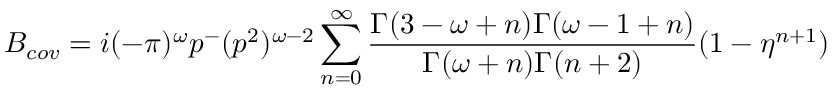
B _ { c o v } = i ( - \pi ) ^ { \omega } p ^ { - } ( p ^ { 2 } ) ^ { \omega - 2 } \sum _ { n = 0 } ^ { \infty } \frac { \Gamma ( 3 - \omega + n ) \Gamma ( \omega - 1 + n ) } { \Gamma ( \omega + n ) \Gamma ( n + 2 ) } ( 1 - \eta ^ { n + 1 } )